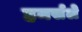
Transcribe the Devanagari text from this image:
हमर्सले